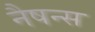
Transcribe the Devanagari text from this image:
नैषन्स